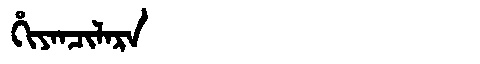
Manchu: ᡥᡳᠶᠠᠨᠴᡳᠯᠠᡵᠠ
Romanization: HIYANCILARA